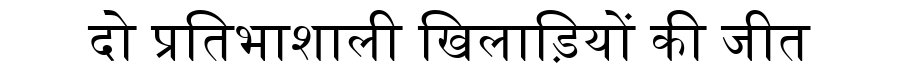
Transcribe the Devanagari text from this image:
दो प्रतिभाशाली खिलाड़ियों की जीत